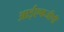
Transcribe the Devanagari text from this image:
आईएफजीपी